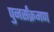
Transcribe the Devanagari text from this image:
पुनर्संक्रमण